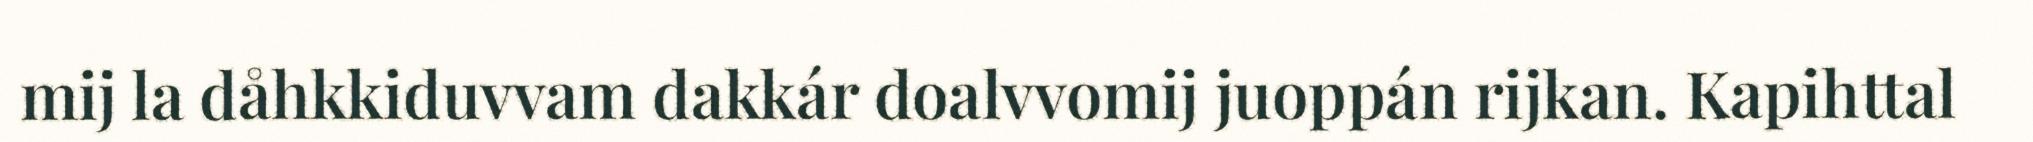
mij la dåhkkiduvvam dakkár doalvvomij juoppán rijkan. Kapihttal